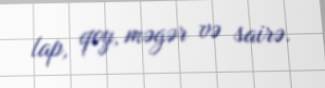
lap, qoy, məgər və sairə.